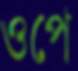
ওপে